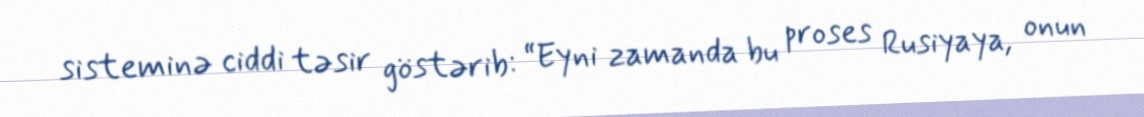
sisteminə ciddi təsir göstərib: “Eyni zamanda bu proses Rusiyaya, onun